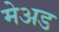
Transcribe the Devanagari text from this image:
मेअड